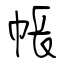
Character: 帳